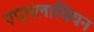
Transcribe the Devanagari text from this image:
एप्पलाचियन